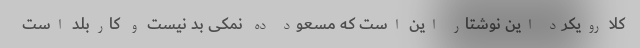
کلا رویکرد این نوشتار این است که مسعود ده نمکی بد نیست و کاربلد است